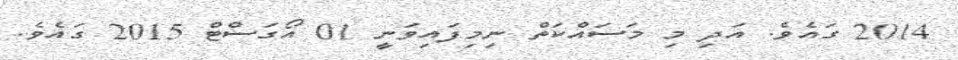
2014 ގައެވެ. އަދި މި މަސައްކަތް ނިމިފައިވަނީ 01 އޯގަސްޓް 2015 ގައެވެ.